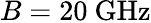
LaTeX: B=20~\mathrm{GHz}